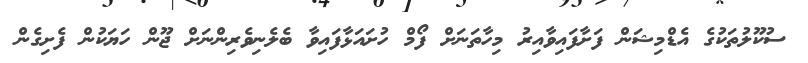
ސުކޫލުތަކުގެ އެޑްމިޝަން ފަށާފައިވާއިރު މިހާތަނަށް ފޯމް ހުށައަޅާފައިވާ ބެލެނިވެރިންނަށް ޖޫން ހަޔަކުން ފެށިގެން